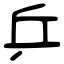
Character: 乒